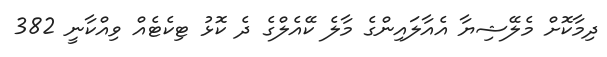
ދިމާކޮށް މެލޭޝިޔާ އެއާލައިންގެ މާލެ ކޭއެލްގެ ދެ ކޮޅު ޓިކެޓެއް ވިއްކާނީ 382